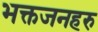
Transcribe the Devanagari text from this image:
भक्तजनहरु